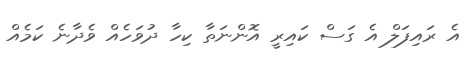
އެ ރައިފަލް އެ ގަސް ކައިރީ އޮންނަތާ ކިހާ ދުވަހެއް ވެދާނެ ކަމެއް